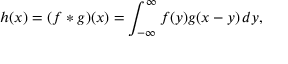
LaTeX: h ( x ) = ( f * g ) ( x ) = \int _ { - \infty } ^ { \infty } f ( y ) g ( x - y ) \, d y ,